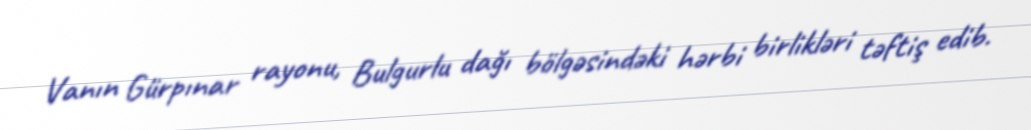
Vanın Gürpınar rayonu, Bulgurlu dağı bölgəsindəki hərbi birlikləri təftiş edib.